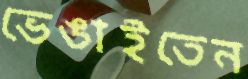
ভেঙাইতেন